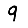
Digit: 9